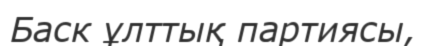
Баск ұлттық партиясы,